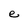
Character: e